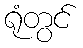
ရုံတွင်